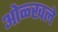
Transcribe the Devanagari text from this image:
ओळ्खले